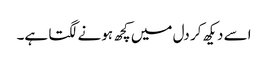
اسے دیکھ کر دل میں کچھ ہونے لگتا ہے۔